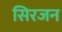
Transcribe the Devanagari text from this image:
सिरजन